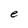
Character: e